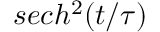
s e c h ^ { 2 } ( { t / \tau } )